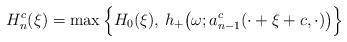
LaTeX: \begin{align*}H_{n}^c(\xi)=\max\Big\{H_0(\xi),\,h_+\big(\omega;a_{n-1}^c(\cdot+\xi+c,\cdot)\big) \Big\}\end{align*}